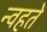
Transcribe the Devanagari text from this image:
न्वहते